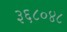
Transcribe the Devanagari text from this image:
३६८०४८